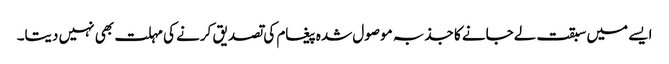
ایسے میں سبقت لےجانے کا جذبہ موصول شدہ پیغام کی تصدیق کرنے کی مہلت بھی نہیں دیتا۔